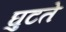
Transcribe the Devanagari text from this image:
घुटते